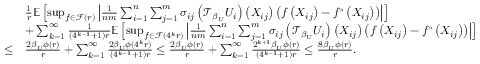
\begin{array} { r l } & { \frac { 1 } { r } \mathbb { E } \left[ \operatorname* { s u p } _ { f \in \mathcal { F } ( r ) } \left| \frac { 1 } { n m } \sum _ { i = 1 } ^ { n } \sum _ { j = 1 } ^ { m } \sigma _ { i j } \left( \mathcal { T } _ { \beta _ { U } } U _ { i } \right) \left( X _ { i j } \right) \left( f \left( X _ { i j } \right) - f ^ { \circ } \left( X _ { i j } \right) \right) \right| \right] } \\ & { + \sum _ { k = 1 } ^ { \infty } \frac { 1 } { ( 4 ^ { k - 1 } + 1 ) r } \mathbb { E } \left[ \operatorname* { s u p } _ { f \in \mathcal { F } ( 4 ^ { k } r ) } \left| \frac { 1 } { n m } \sum _ { i = 1 } ^ { n } \sum _ { j = 1 } ^ { m } \sigma _ { i j } \left( \mathcal { T } _ { \beta _ { U } } U _ { i } \right) \left( X _ { i j } \right) \left( f \left( X _ { i j } \right) - f ^ { \circ } \left( X _ { i j } \right) \right) \right| \right] } \\ { \leq } & { \frac { 2 \beta _ { U } \phi ( r ) } { r } + \sum _ { k = 1 } ^ { \infty } \frac { 2 \beta _ { U } \phi ( 4 ^ { k } r ) } { ( 4 ^ { k - 1 } + 1 ) r } \leq \frac { 2 \beta _ { U } \phi ( r ) } { r } + \sum _ { k = 1 } ^ { \infty } \frac { 2 ^ { k + 1 } \beta _ { U } \phi ( r ) } { ( 4 ^ { k - 1 } + 1 ) r } \leq \frac { 8 \beta _ { U } \phi ( r ) } { r } . } \end{array}